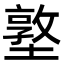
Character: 墪